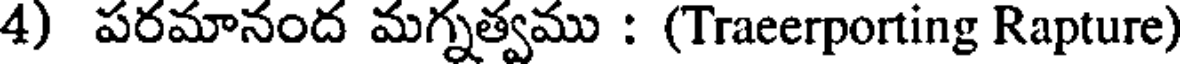
4) పరమానంద మగ్నత్వము : (Traeerporting Rapture)